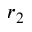
r _ { 2 }